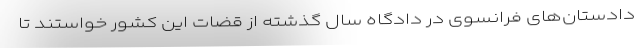
دادستان‌های فرانسوی در دادگاه سال گذشته از قضات این کشور خواستند تا